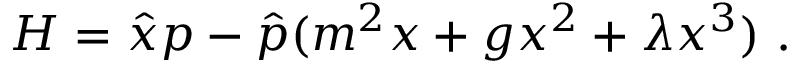
H = { \hat { x } } p - { \hat { p } } ( m ^ { 2 } x + g x ^ { 2 } + \lambda x ^ { 3 } ) ~ .